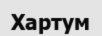
Хартум